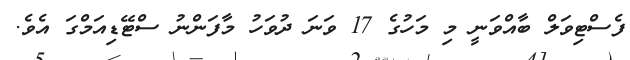
ފެސްޓިވަލް ބާއްވަނީ މި މަހުގެ 17 ވަނަ ދުވަހު މާފަންނު ސްޓޭޑިއަމްގަ އެވެ.